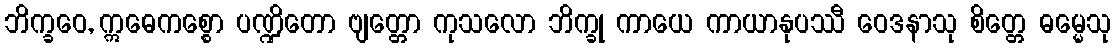
ဘိက္ခဝေ, ဣဓေကစ္စော ပဏ္ဍိတော ဗျတ္တော ကုသလော ဘိက္ခု ကာယေ ကာယာနုပဿီ ဝေဒနာသု စိတ္တေ ဓမ္မေသု